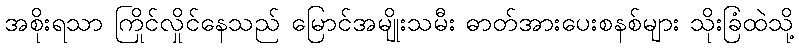
အစိုးရသာ ကြိုင်လှိုင်နေသည် မြောင်အမျိုးသမီး ဓာတ်အားပေးစနစ်များ သိုးခြံထဲသို့